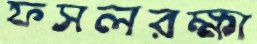
ফসলরক্ষা